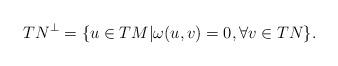
LaTeX: \begin{align*} TN^{\bot}=\{u\in TM |\omega(u,v)=0, \forall v\in TN\}.\end{align*}